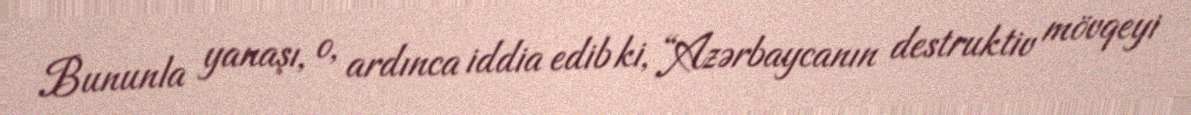
Bununla yanaşı, o, ardınca iddia edib ki, “Azərbaycanın destruktiv mövqeyi